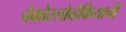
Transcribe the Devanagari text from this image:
चेकोस्लोव्हेकियाची